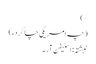
*)
(چہ امریکی چاگردءَ)
نبشتہ : اسٹیفن آر۔